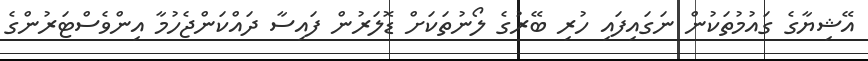
އޭޝިޔާގެ ގައުމުތަކުން ނަގައިފައި ހުރި ބޭރުގެ ލޯނުތަކަށް ޑޮލަރުން ފައިސާ ދައްކަންޖެހުމާ އިންވެސްޓަރުންގެ